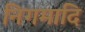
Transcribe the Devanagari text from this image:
निगमादि